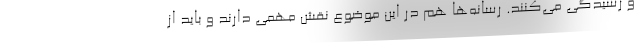
و رسیدگی می‌کنند. رسانه‌ها هم در این موضوع نقش مهمی دارند و باید از